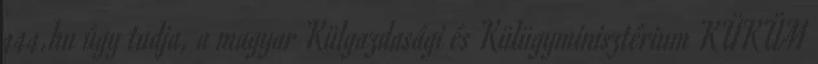
444.hu úgy tudja, a magyar Külgazdasági és Külügyminisztérium KÜKÜM